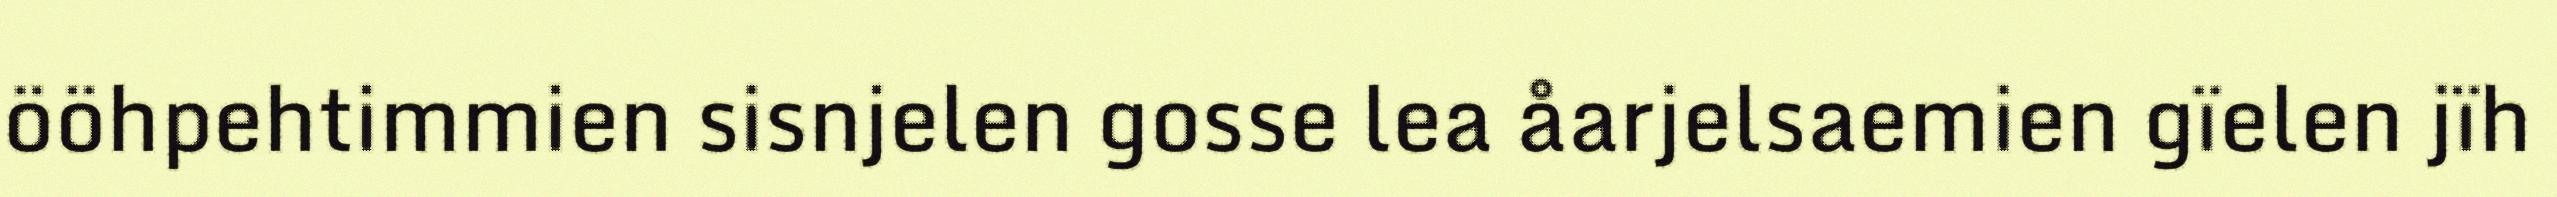
ööhpehtimmien sisnjelen gosse lea åarjelsaemien gïelen jïh